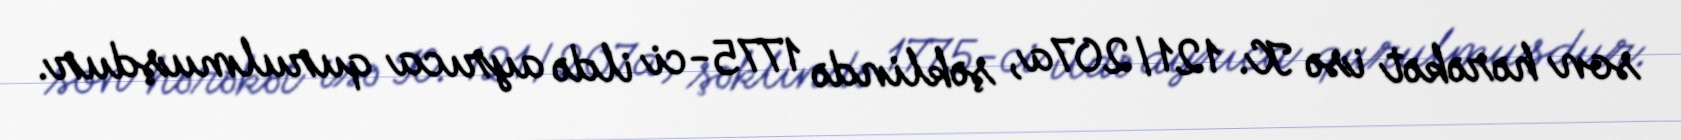
son hərəkət isə K. 121/207a, şəklində 1775-ci ildə ayrıca qurulmuşdur.